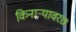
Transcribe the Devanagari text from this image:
किनाऱ्यावर७